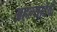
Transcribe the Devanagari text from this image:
अहल्यादेवी